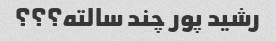
رشید پور چند سالته؟؟؟